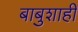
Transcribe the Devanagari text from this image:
बाबुशाही